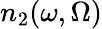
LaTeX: n_{2}(\omega,\Omega)